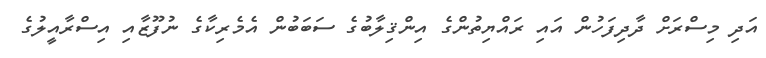
އަދި މިސްރަށް ދާދިފަހުން އައި ރައްޔިތުންގެ އިންޤިލާބުގެ ސަބަބުން އެެމެރިކާގެ ނުފޫޒާއި އިސްރާއީލުގެ